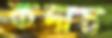
কদাচ